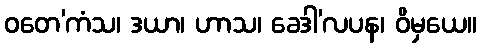
ဝတေ’ကံသ၊ ဒယာ၊ ဟာသ၊ ခေဒါ’လပန၊ ဝိမှယေ။